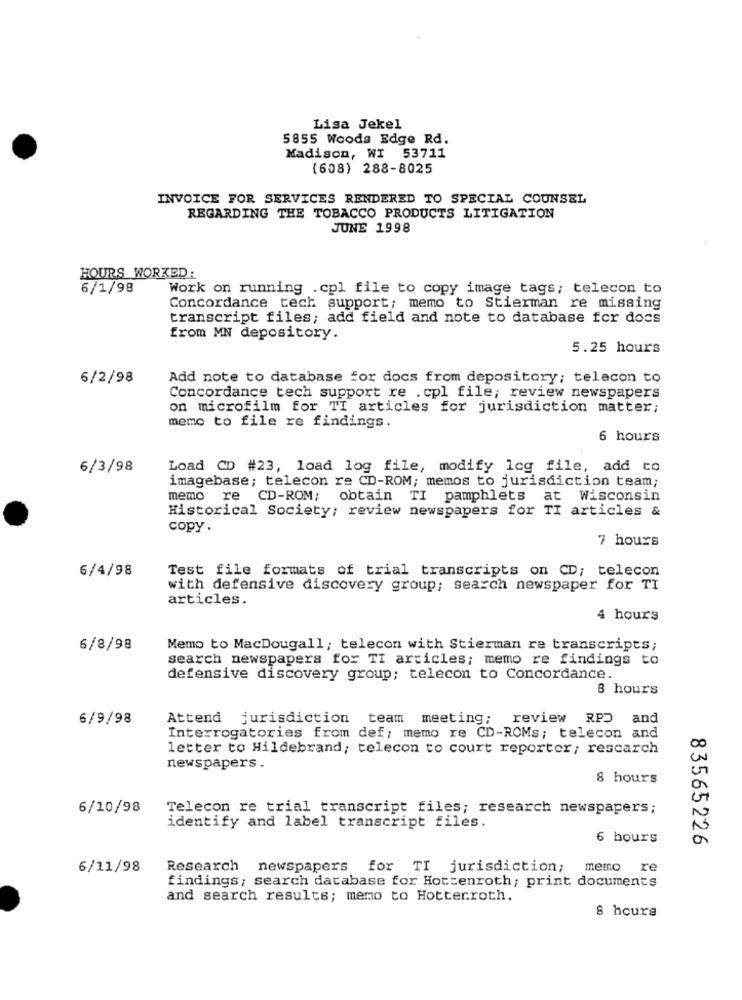
Lisa Jekel
5855 Woods Edge Rd.
Madison, WI 53711
(608) 288-8025
INVOICE FOR SERVICES RENDERED TO SPECIAL COUNSEL
REGARDING THE TOBACCO PRODUCTS LITIGATION
JUNE 1998
HOURS WORKED :
6/1/98
Work on running .cpl file to copy image tags; telecon to
Concordance tech support; memo to Stierman re missing
transcript files; add field and note to database for docs
from MN depository.
5.25 hours
6/2/98
Add note to database for docs from depository; telecon to
Concordance tech support re . cpl file; review newspapers
on microfilm for TI articles for jurisdiction matter;
memo to file re findings.
6 hours
6/3/98
Load CD #23, load log file, modify log file, add to
imagebase; telecon re CD-ROM; memos to jurisdiction team;
memo re CD-ROM; obtain TI pamphlets
at Wisconsin
Historical Society; review newspapers for TI articles &
copy.
7 hours
6/4/98
Test file formats of trial transcripts on CD; telecon
with defensive discovery group; search newspaper for TI
articles.
4 hours
6/8/98
Memo to MacDougall; telecon with Stierman re transcripts;
search newspapers for TI articles; memo re findings to
defensive discovery group; telecon to Concordance.
8 hours
6/9/98
Attend jurisdiction team meeting;
review RPD and
Interrogatories from def; memo re CD-ROMs; telecon and
letter to Hildebrand; telecon to court reporter; rescarch
newspapers .
8 hours
6/10/98
Telecon re trial transcript files; research newspapers;
identify and label transcript files.
6 hours
83565226
6/11/98
Research newspapers for TI jurisdiction; memo re
findings; search database for Hottenroth; print documents
and search results; memo to Hotterroth.
8 hours